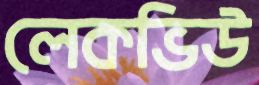
লেকভিউ